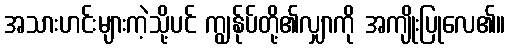
အသားဟင်းများကဲ့သို့ပင် ကျွန်ုပ်တို့၏လျှာကို အကျိုးပြုလေ၏။